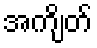
အကျိတ်